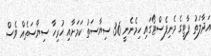
އަދާލަތު ޕާޓީގެ މެނިފެސްޓޯގައި ހިމެނެނީ 36 ސިޔާސަތު ކަމަށާއި ހުރިހާ ސިޔާސަތެއް ވެސް